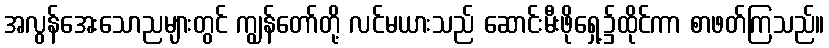
အလွန်အေးသောညများတွင် ကျွန်တော်တို့ လင်မယားသည် ဆောင်းမီးဖိုရှေ့၌ထိုင်ကာ စာဖတ်ကြသည်။